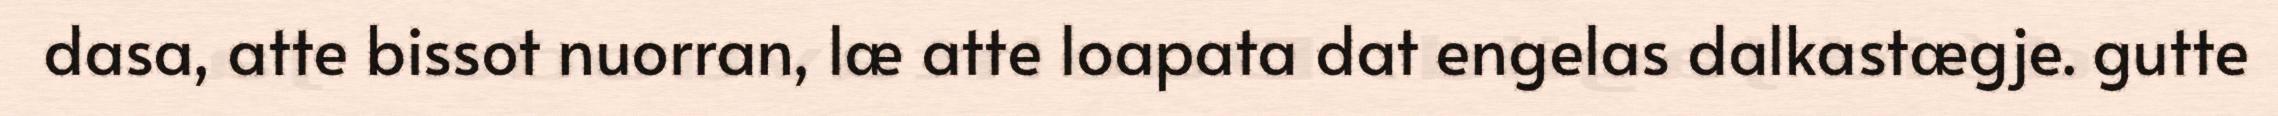
dasa, atte bissot nuorran, læ atte loapata dat engelas dalkastægje. gutte